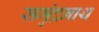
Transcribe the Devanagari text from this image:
समुंद्रनाथ